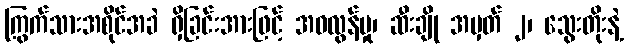
ကြွက်သားအစိုင်အခဲ ရှိခြင်းအားဖြင့် အဝလွန်မှု၊ ဆီးချို အမှတ် ၂၊ သွေးတိုးနဲ့